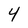
Character: 4